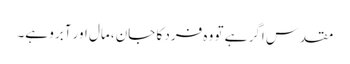
مقدس اگر ہے تو وہ فرد کا جان، مال اور آبرو ہے۔